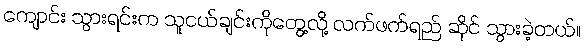
ကျောင်း သွားရင်းက သူငယ်ချင်းကိုတွေ့လို့ လက်ဖက်ရည် ဆိုင် သွားခဲ့တယ်။